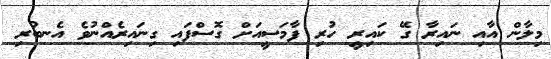
މިލާން އާއި ނައިރާ ގޭ ކައިރީ ހުރި ފާމަސީއަށް ގޮސްފައި ގިނައިރެއްނުވެ އެނބުރި